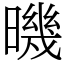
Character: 𣊉